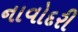
નાવોદરી